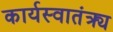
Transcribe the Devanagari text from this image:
कार्यस्वातंत्र्य